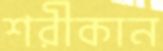
শরীকান